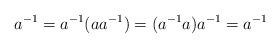
LaTeX: \begin{align*}a^{-1}_{}=a^{-1}_{} (aa^{-1}_{})=(a^{-1}_{} a)a^{-1}_{}=a^{-1}_{}\end{align*}